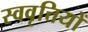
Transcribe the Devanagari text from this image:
स्ववृत्तियों